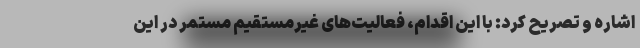
اشاره و تصریح کرد: با این اقدام، فعالیت‌های غیرمستقیم مستمر در این